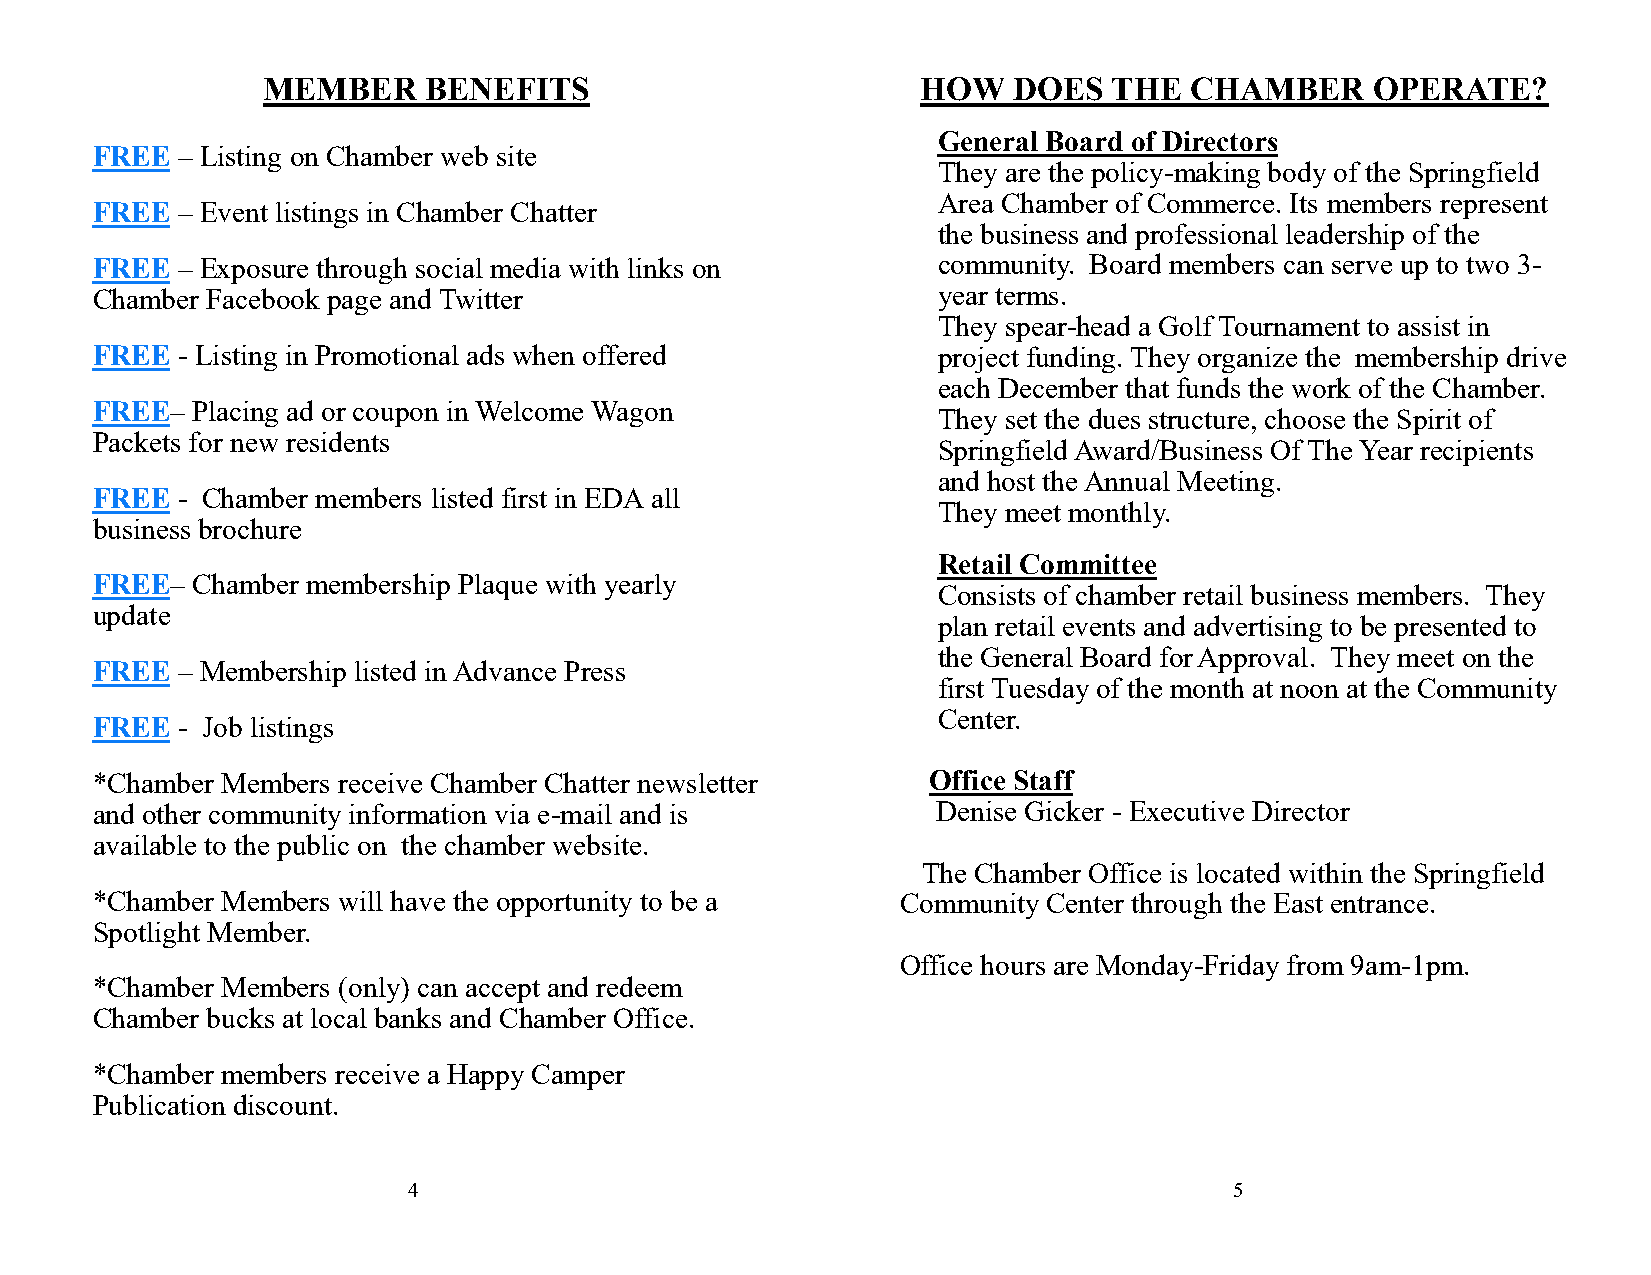
MEMBER     BENEFITS                         HOW   DOES   THE  CHAMBER     OPERATE?
 General Board of Directors
 FREE  – Listing on Chamber web site
 They are the policy-making body of the Springfield
 Area Chamber of Commerce. Its members represent
 FREE  – Event listings in Chamber Chatter
 the business and professional leadership of the
 FREE  – Exposure through social media with links on     community. Board members can serve up to two 3-
 Chamber Facebook page and Twitter                       year terms.
 They spear-head a Golf Tournament to assist in
 FREE  - Listing in Promotional ads when offered         project funding. They organize the membership drive
 each December that funds the work of the Chamber.
 FREE–  Placing ad or coupon in Welcome Wagon
 They set the dues structure, choose the Spirit of
 Packets for new residents
 Springfield Award/Business Of The Year recipients
 and host the Annual Meeting.
 FREE  - Chamber members listed first in EDA all
 They meet monthly.
 business brochure
 Retail Committee
 FREE–  Chamber membership Plaque with yearly
 Consists of chamber retail business members. They
 update
 plan retail events and advertising to be presented to
 the General Board for Approval. They meet on the
 FREE  – Membership listed in Advance Press
 first Tuesday of the month at noon at the Community
 Center.
 FREE  - Job listings
 *Chamber Members receive Chamber Chatter newsletter    Office Staff
 and other community information via e-mail and is       Denise Gicker - Executive Director
 available to the public on the chamber website.
 The Chamber Office is located within the Springfield
 *Chamber Members will have the opportunity to be a    Community Center through the East entrance.
 Spotlight Member.
 Office hours are Monday-Friday from 9am-1pm.
 *Chamber Members (only) can accept and redeem
 Chamber bucks at local banks and Chamber Office.
 *Chamber members receive a Happy Camper
 Publication discount.
 4                                                      5